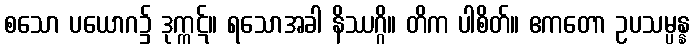
စသော ပယောဂ၌ ဒုက္ကဋ်။ ရသောအခါ နိဿဂ္ဂိ။ တိက ပါစိတ်။ ဧကတော ဥပသမ္ပန္န